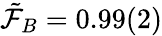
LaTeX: \tilde{\mathcal{F}}_{B}=0.99(2)